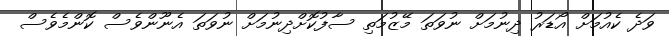
ވަދެ ކެއުމަށް އޯޑަރު ދިނުމަށް ނުވަތަ މޭޒުމަތި ސާފުކޮށްދިނުމަށް ނުވަތަ އެނޫންވެސް ކޮންމެވެސް